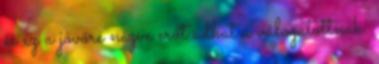
és ez a jövőre nézve erőt adhat a válogatottnak.